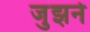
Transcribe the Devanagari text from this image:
जुझने